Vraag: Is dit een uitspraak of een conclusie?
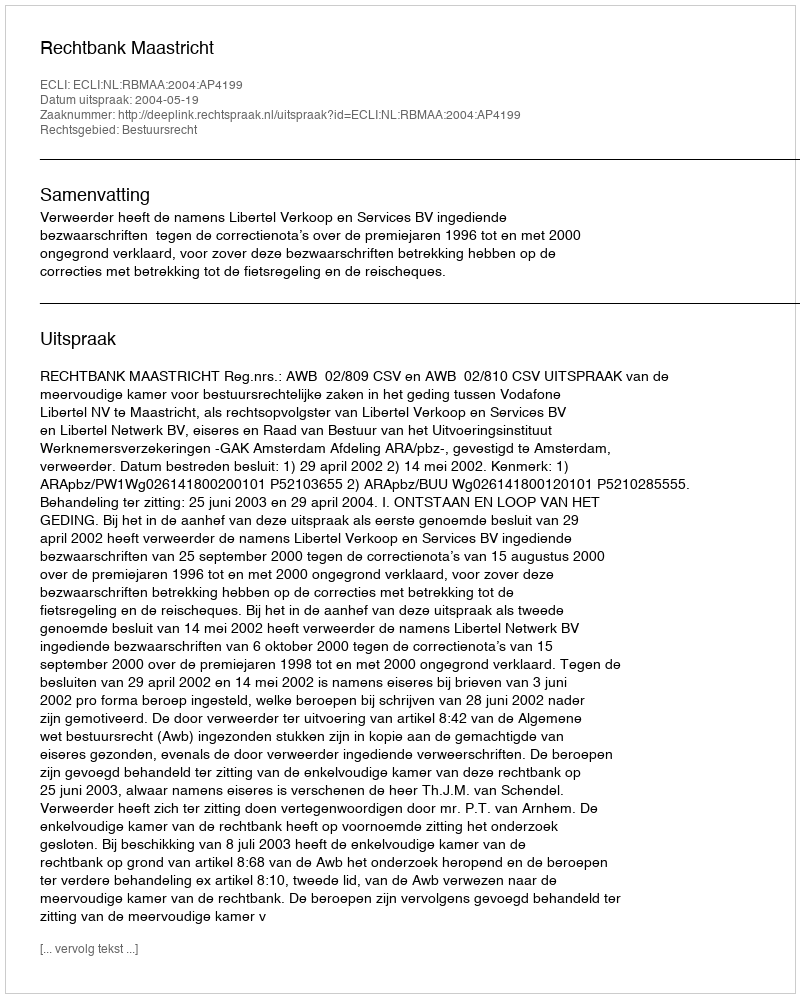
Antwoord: Uitspraak